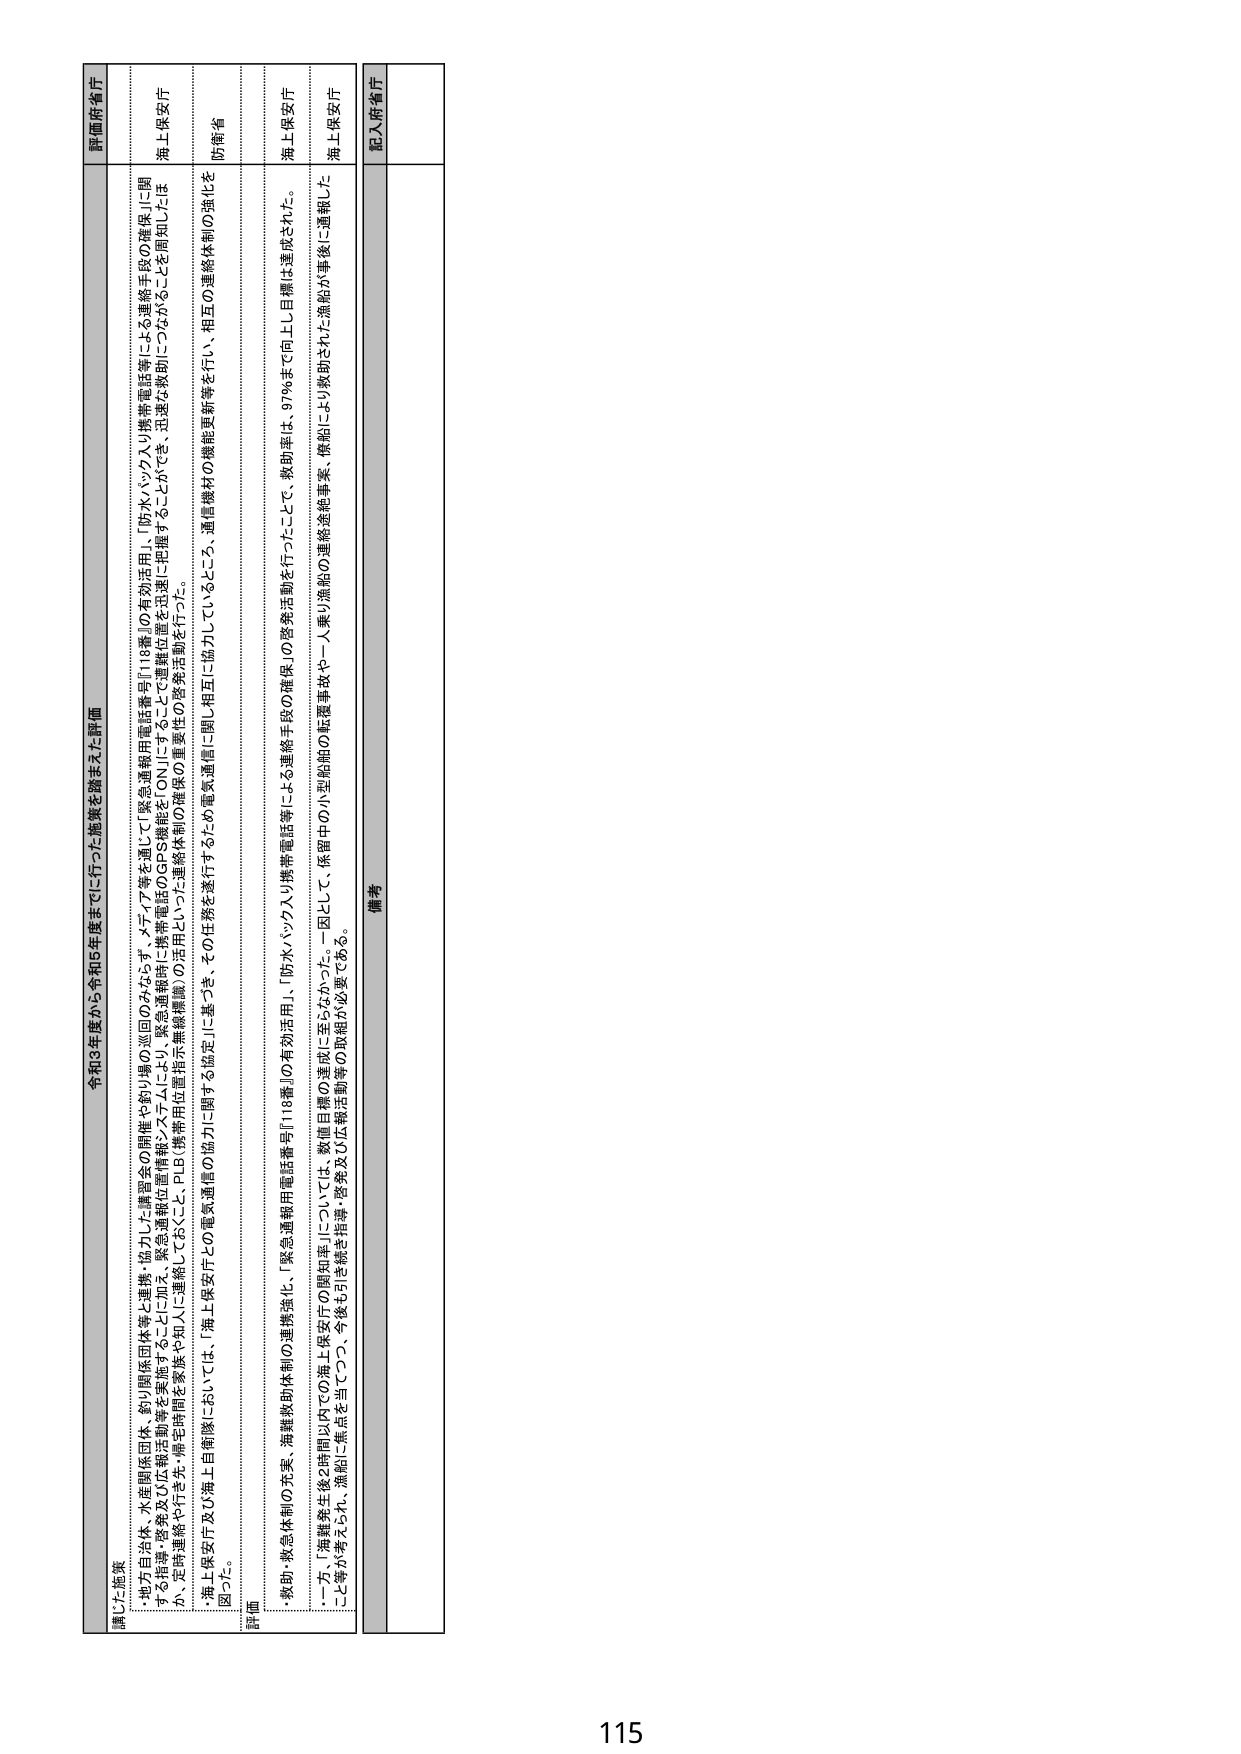
令和3年度から令和5年度までに行った施策を踏まえた評価

講じた施策
・地方自治体、水産関係団体、釣り関係団体等と連携・協力した講習会の開催や釣り場の巡回のみならず、メデイア等を通じて「緊急通報用電話番号『118番』の有効活用」、「防氷バッジ入り携帯電話等による連絡手段の確保」に関
する指導・啓発及び広報活動等を実施することに加え、緊急通報位置情報システムにより、緊急通報時に携帯電話のGPS機能を「ON」にすることを運転位置を迅速に把握することや、迅速な救助につながることを周知しは
か、定時連絡や行先・帰宅時間等を家族や知人に連絡しておくこと、P1B（携帯用位置指示無線機器）の活用といった連絡体制の確保の重要性の啓発活動を行った。
・海上保安庁及び海上自衛隊においては、「海上保安庁との電気通信の協力に関する協定」に基づき、その任務を遂行するため電気通信に関し相互に協力しているところ、通信機材の機能更新等を行い、相互の連絡体制の強化を
図った。

評価
・救助・救急体制の充実、海難救助体制の連携強化、「緊急通報用電話番号『118番』の有効活用」、「防氷バッジ入り携帯電話等による連絡手段の確保」の啓発活動を行ったことで、救助率は、97％まで向上し目標は達成された。
・一方、「海難発生後2時間以内での海上保安庁の関知率」については、数個目標の達成に至らなかった。一因として、保険中の小型船舶の転覆事故や一人乗り漁船の連絡途絶事案、機船により救助された漁船が事故に遭難した
こと等が考えられ、漁船に焦点を当てつつ、今後も引き続き指導・啓発及び広報活動等の取組が必要である。

評価府省庁
海上保安庁
防衛省
海上保安庁
海上保安庁

備考
記入府省庁

115